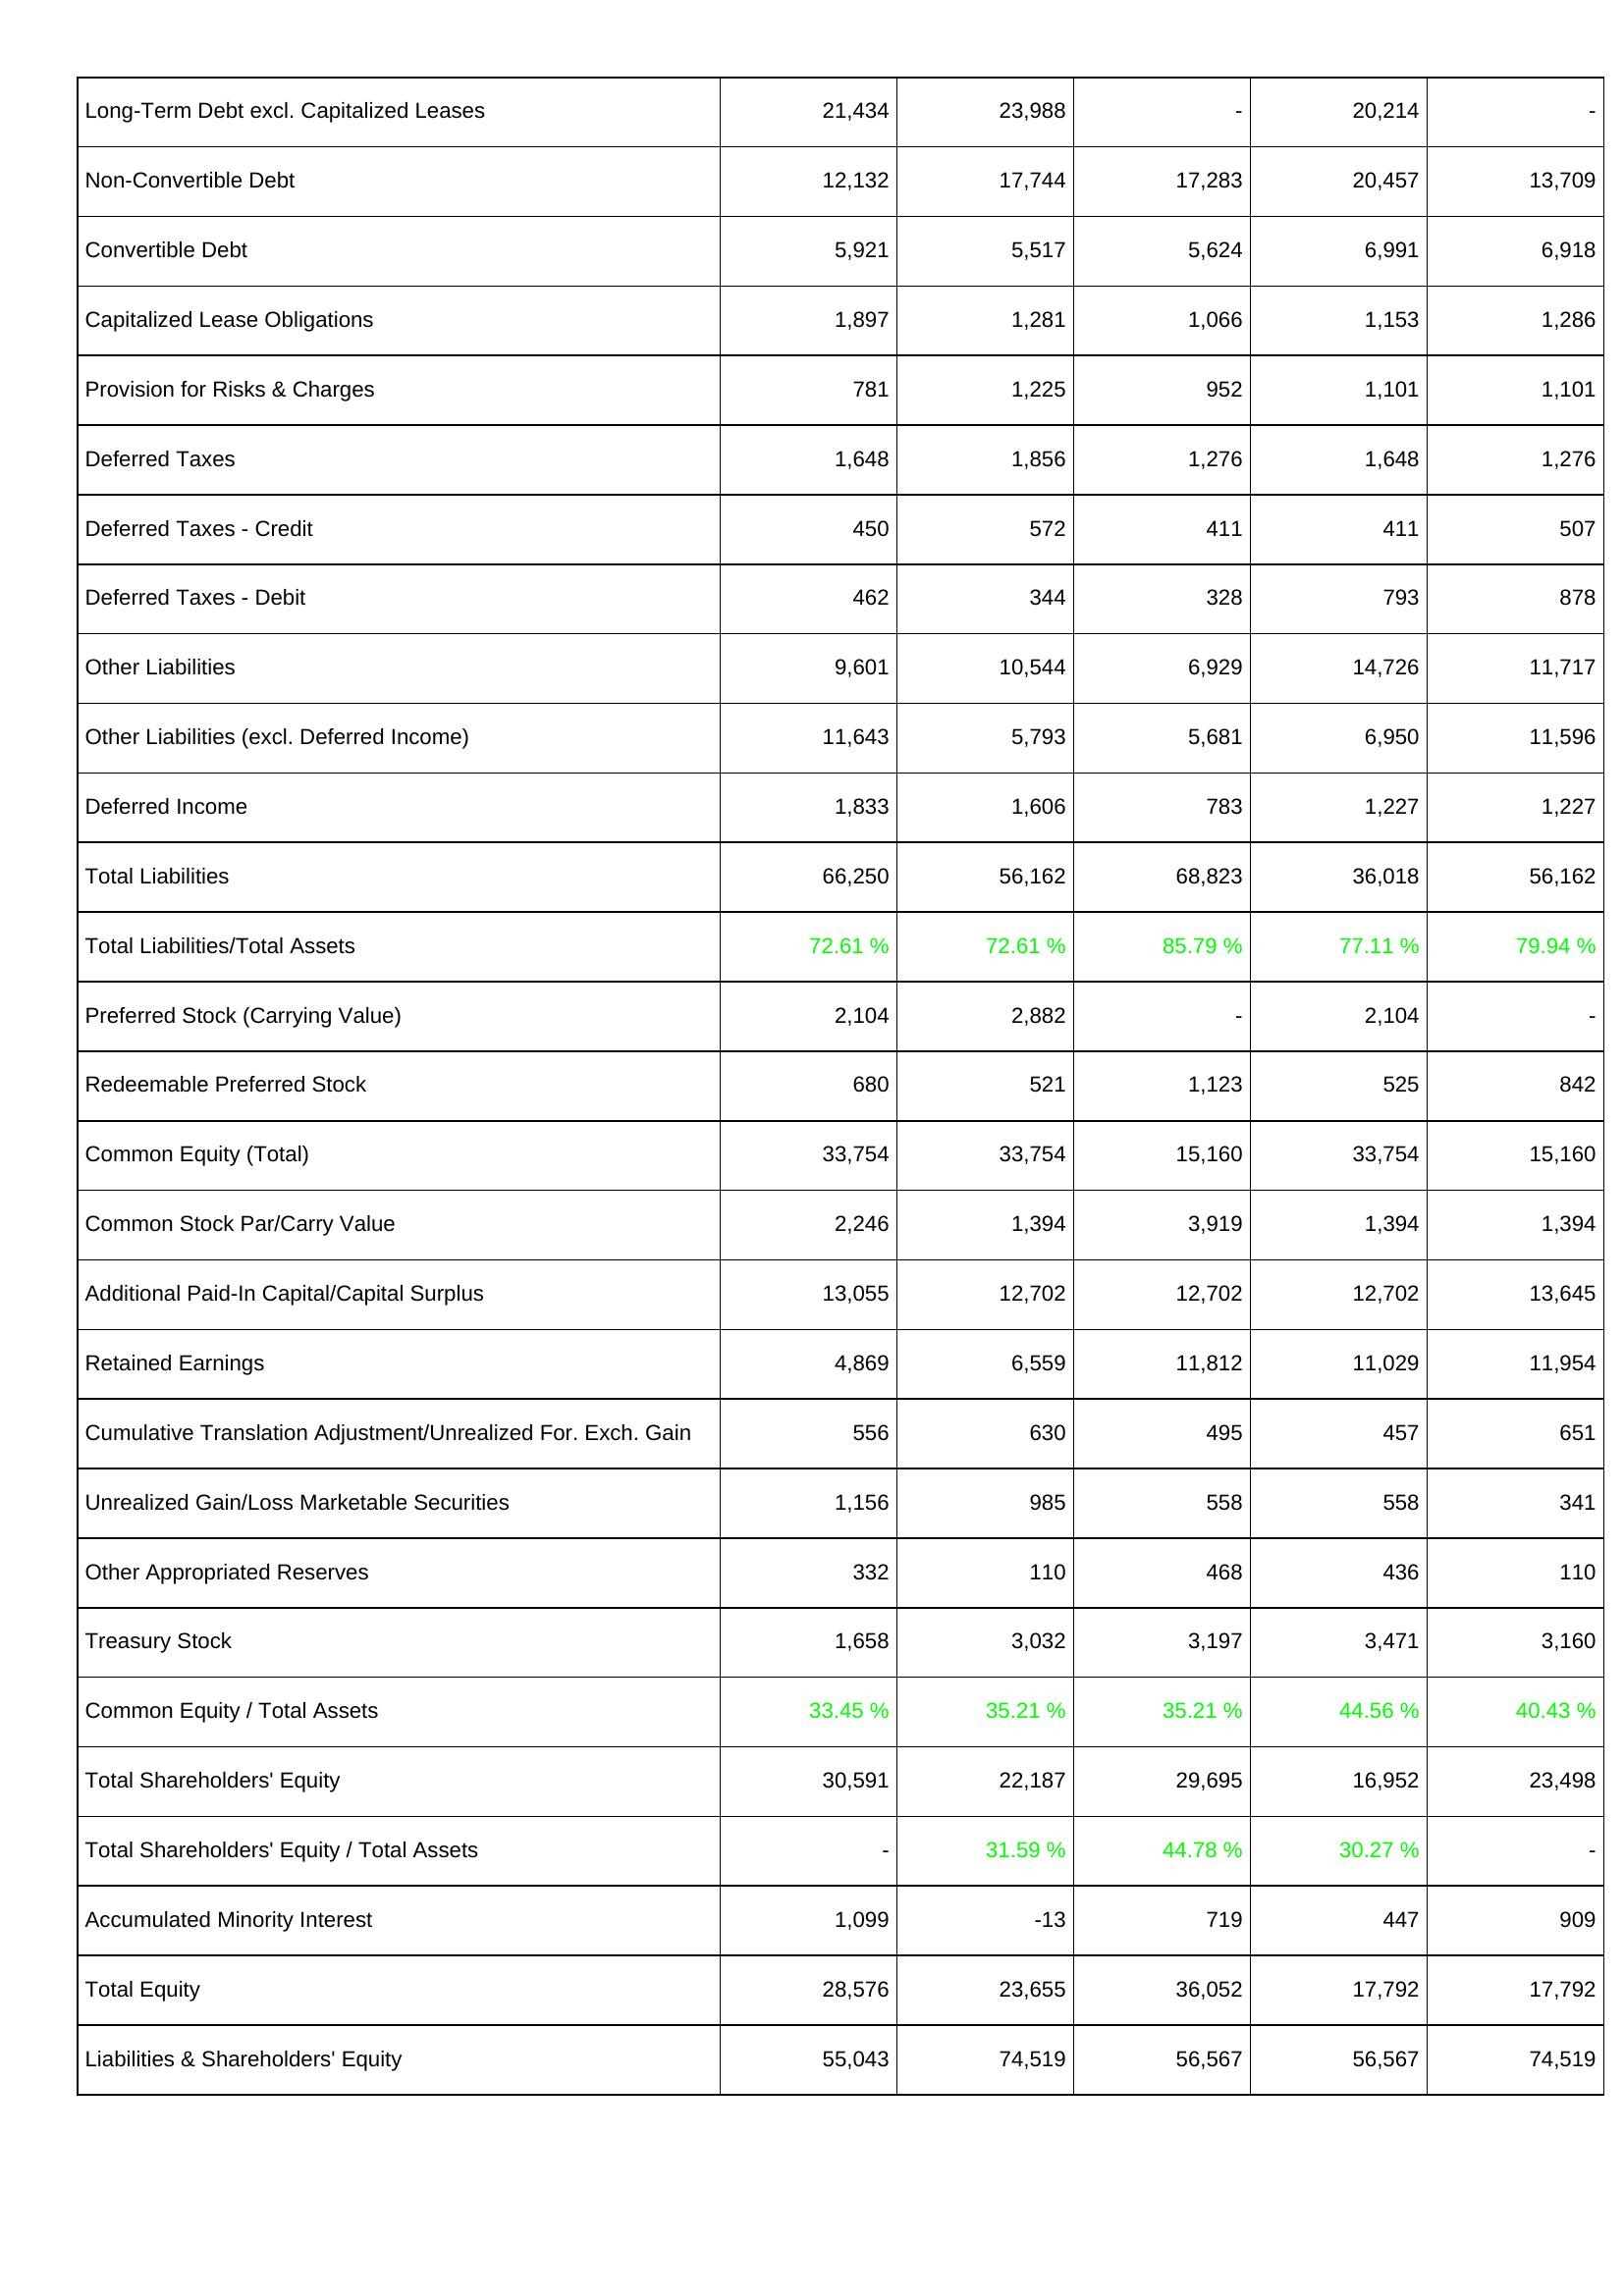
2012: Liabilities & Shareholders' Equity: Long-Term Debt excl. Capitalized Leases: 21,434
Non-Convertible Debt: 12,132
Convertible Debt: 5,921
Capitalized Lease Obligations: 1,897
Provision for Risks & Charges: 781
Deferred Taxes: 1,648
Deferred Taxes - Credit: 450
Deferred Taxes - Debit: 462
Other Liabilities: 9,601
Other Liabilities (excl. Deferred Income): 11,643
Deferred Income: 1,833
Total Liabilities: 66,250
Total Liabilities/Total Assets: 72.61 %
Preferred Stock (Carrying Value): 2,104
Redeemable Preferred Stock: 680
Common Equity (Total): 33,754
Common Stock Par/Carry Value: 2,246
Additional Paid-In Capital/Capital Surplus: 13,055
Retained Earnings: 4,869
Cumulative Translation Adjustment/Unrealized For. Exch. Gain: 556
Unrealized Gain/Loss Marketable Securities: 1,156
Other Appropriated Reserves: 332
Treasury Stock: 1,658
Common Equity / Total Assets: 33.45 %
Total Shareholders' Equity: 30,591
Total Shareholders' Equity / Total Assets: -
Accumulated Minority Interest: 1,099
Total Equity: 28,576
Liabilities & Shareholders' Equity: 55,043
2011: Liabilities & Shareholders' Equity: Long-Term Debt excl. Capitalized Leases: 23,988
Non-Convertible Debt: 17,744
Convertible Debt: 5,517
Capitalized Lease Obligations: 1,281
Provision for Risks & Charges: 1,225
Deferred Taxes: 1,856
Deferred Taxes - Credit: 572
Deferred Taxes - Debit: 344
Other Liabilities: 10,544
Other Liabilities (excl. Deferred Income): 5,793
Deferred Income: 1,606
Total Liabilities: 56,162
Total Liabilities/Total Assets: 72.61 %
Preferred Stock (Carrying Value): 2,882
Redeemable Preferred Stock: 521
Common Equity (Total): 33,754
Common Stock Par/Carry Value: 1,394
Additional Paid-In Capital/Capital Surplus: 12,702
Retained Earnings: 6,559
Cumulative Translation Adjustment/Unrealized For. Exch. Gain: 630
Unrealized Gain/Loss Marketable Securities: 985
Other Appropriated Reserves: 110
Treasury Stock: 3,032
Common Equity / Total Assets: 35.21 %
Total Shareholders' Equity: 22,187
Total Shareholders' Equity / Total Assets: 31.59 %
Accumulated Minority Interest: -13
Total Equity: 23,655
Liabilities & Shareholders' Equity: 74,519
2010: Liabilities & Shareholders' Equity: Long-Term Debt excl. Capitalized Leases: -
Non-Convertible Debt: 17,283
Convertible Debt: 5,624
Capitalized Lease Obligations: 1,066
Provision for Risks & Charges: 952
Deferred Taxes: 1,276
Deferred Taxes - Credit: 411
Deferred Taxes - Debit: 328
Other Liabilities: 6,929
Other Liabilities (excl. Deferred Income): 5,681
Deferred Income: 783
Total Liabilities: 68,823
Total Liabilities/Total Assets: 85.79 %
Preferred Stock (Carrying Value): -
Redeemable Preferred Stock: 1,123
Common Equity (Total): 15,160
Common Stock Par/Carry Value: 3,919
Additional Paid-In Capital/Capital Surplus: 12,702
Retained Earnings: 11,812
Cumulative Translation Adjustment/Unrealized For. Exch. Gain: 495
Unrealized Gain/Loss Marketable Securities: 558
Other Appropriated Reserves: 468
Treasury Stock: 3,197
Common Equity / Total Assets: 35.21 %
Total Shareholders' Equity: 29,695
Total Shareholders' Equity / Total Assets: 44.78 %
Accumulated Minority Interest: 719
Total Equity: 36,052
Liabilities & Shareholders' Equity: 56,567
2009: Liabilities & Shareholders' Equity: Long-Term Debt excl. Capitalized Leases: 20,214
Non-Convertible Debt: 20,457
Convertible Debt: 6,991
Capitalized Lease Obligations: 1,153
Provision for Risks & Charges: 1,101
Deferred Taxes: 1,648
Deferred Taxes - Credit: 411
Deferred Taxes - Debit: 793
Other Liabilities: 14,726
Other Liabilities (excl. Deferred Income): 6,950
Deferred Income: 1,227
Total Liabilities: 36,018
Total Liabilities/Total Assets: 77.11 %
Preferred Stock (Carrying Value): 2,104
Redeemable Preferred Stock: 525
Common Equity (Total): 33,754
Common Stock Par/Carry Value: 1,394
Additional Paid-In Capital/Capital Surplus: 12,702
Retained Earnings: 11,029
Cumulative Translation Adjustment/Unrealized For. Exch. Gain: 457
Unrealized Gain/Loss Marketable Securities: 558
Other Appropriated Reserves: 436
Treasury Stock: 3,471
Common Equity / Total Assets: 44.56 %
Total Shareholders' Equity: 16,952
Total Shareholders' Equity / Total Assets: 30.27 %
Accumulated Minority Interest: 447
Total Equity: 17,792
Liabilities & Shareholders' Equity: 56,567
2008: Liabilities & Shareholders' Equity: Long-Term Debt excl. Capitalized Leases: -
Non-Convertible Debt: 13,709
Convertible Debt: 6,918
Capitalized Lease Obligations: 1,286
Provision for Risks & Charges: 1,101
Deferred Taxes: 1,276
Deferred Taxes - Credit: 507
Deferred Taxes - Debit: 878
Other Liabilities: 11,717
Other Liabilities (excl. Deferred Income): 11,596
Deferred Income: 1,227
Total Liabilities: 56,162
Total Liabilities/Total Assets: 79.94 %
Preferred Stock (Carrying Value): -
Redeemable Preferred Stock: 842
Common Equity (Total): 15,160
Common Stock Par/Carry Value: 1,394
Additional Paid-In Capital/Capital Surplus: 13,645
Retained Earnings: 11,954
Cumulative Translation Adjustment/Unrealized For. Exch. Gain: 651
Unrealized Gain/Loss Marketable Securities: 341
Other Appropriated Reserves: 110
Treasury Stock: 3,160
Common Equity / Total Assets: 40.43 %
Total Shareholders' Equity: 23,498
Total Shareholders' Equity / Total Assets: -
Accumulated Minority Interest: 909
Total Equity: 17,792
Liabilities & Shareholders' Equity: 74,519